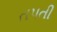
તપતી